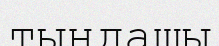
тындашы